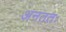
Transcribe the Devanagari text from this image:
अनततः